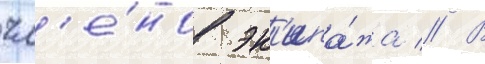
чл'е́нов эк'ипа́жа // В